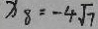
x _ { 8 } = - 4 \sqrt { 7 }